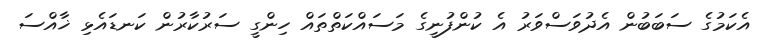
އެކަމުގެ ސަބަބުން އެދުވަސްވަރު އެ ކުންފުނީގެ މަސައްކަތްތައް ހިންގީ ސަރުކާރުން ކަނޑައެޅި ޚާއްސަ